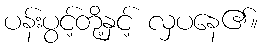
ပန်းပွင့်တို့နှင့် လှပနေ၏။